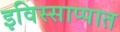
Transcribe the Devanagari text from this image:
इविस्साप्पात